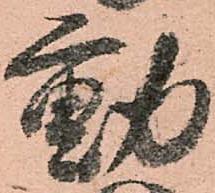
動